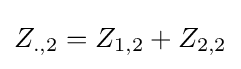
Z_{.,2}=Z_{1,2}+Z_{2,2}